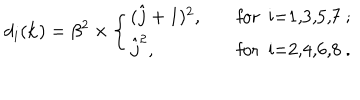
d _ { i } ( { \bf k } ) = \beta ^ { 2 } \times \left\{ \begin{array} { l l } { { ( \hat { j } + 1 ) ^ { 2 } , \quad } } & { { \mathrm { f o r ~ i = 1 , 3 , 5 , 7 ~ ; } } } \\ { { \hat { j } ^ { 2 } , } } & { { \mathrm { f o r ~ i = 2 , 4 , 6 , 8 ~ . } } } \\ \end{array} \right.